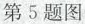
第5题图